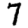
Digit: 7